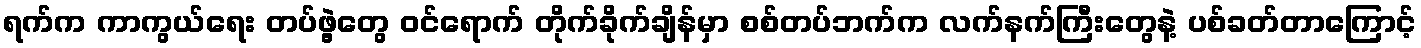
ရက်က ကာကွယ်ရေး တပ်ဖွဲ့တွေ ဝင်ရောက် တိုက်ခိုက်ချိန်မှာ စစ်တပ်ဘက်က လက်နက်ကြီးတွေနဲ့ ပစ်ခတ်တာကြောင့်